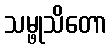
သမ္ဖုသိတော